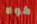
كولا